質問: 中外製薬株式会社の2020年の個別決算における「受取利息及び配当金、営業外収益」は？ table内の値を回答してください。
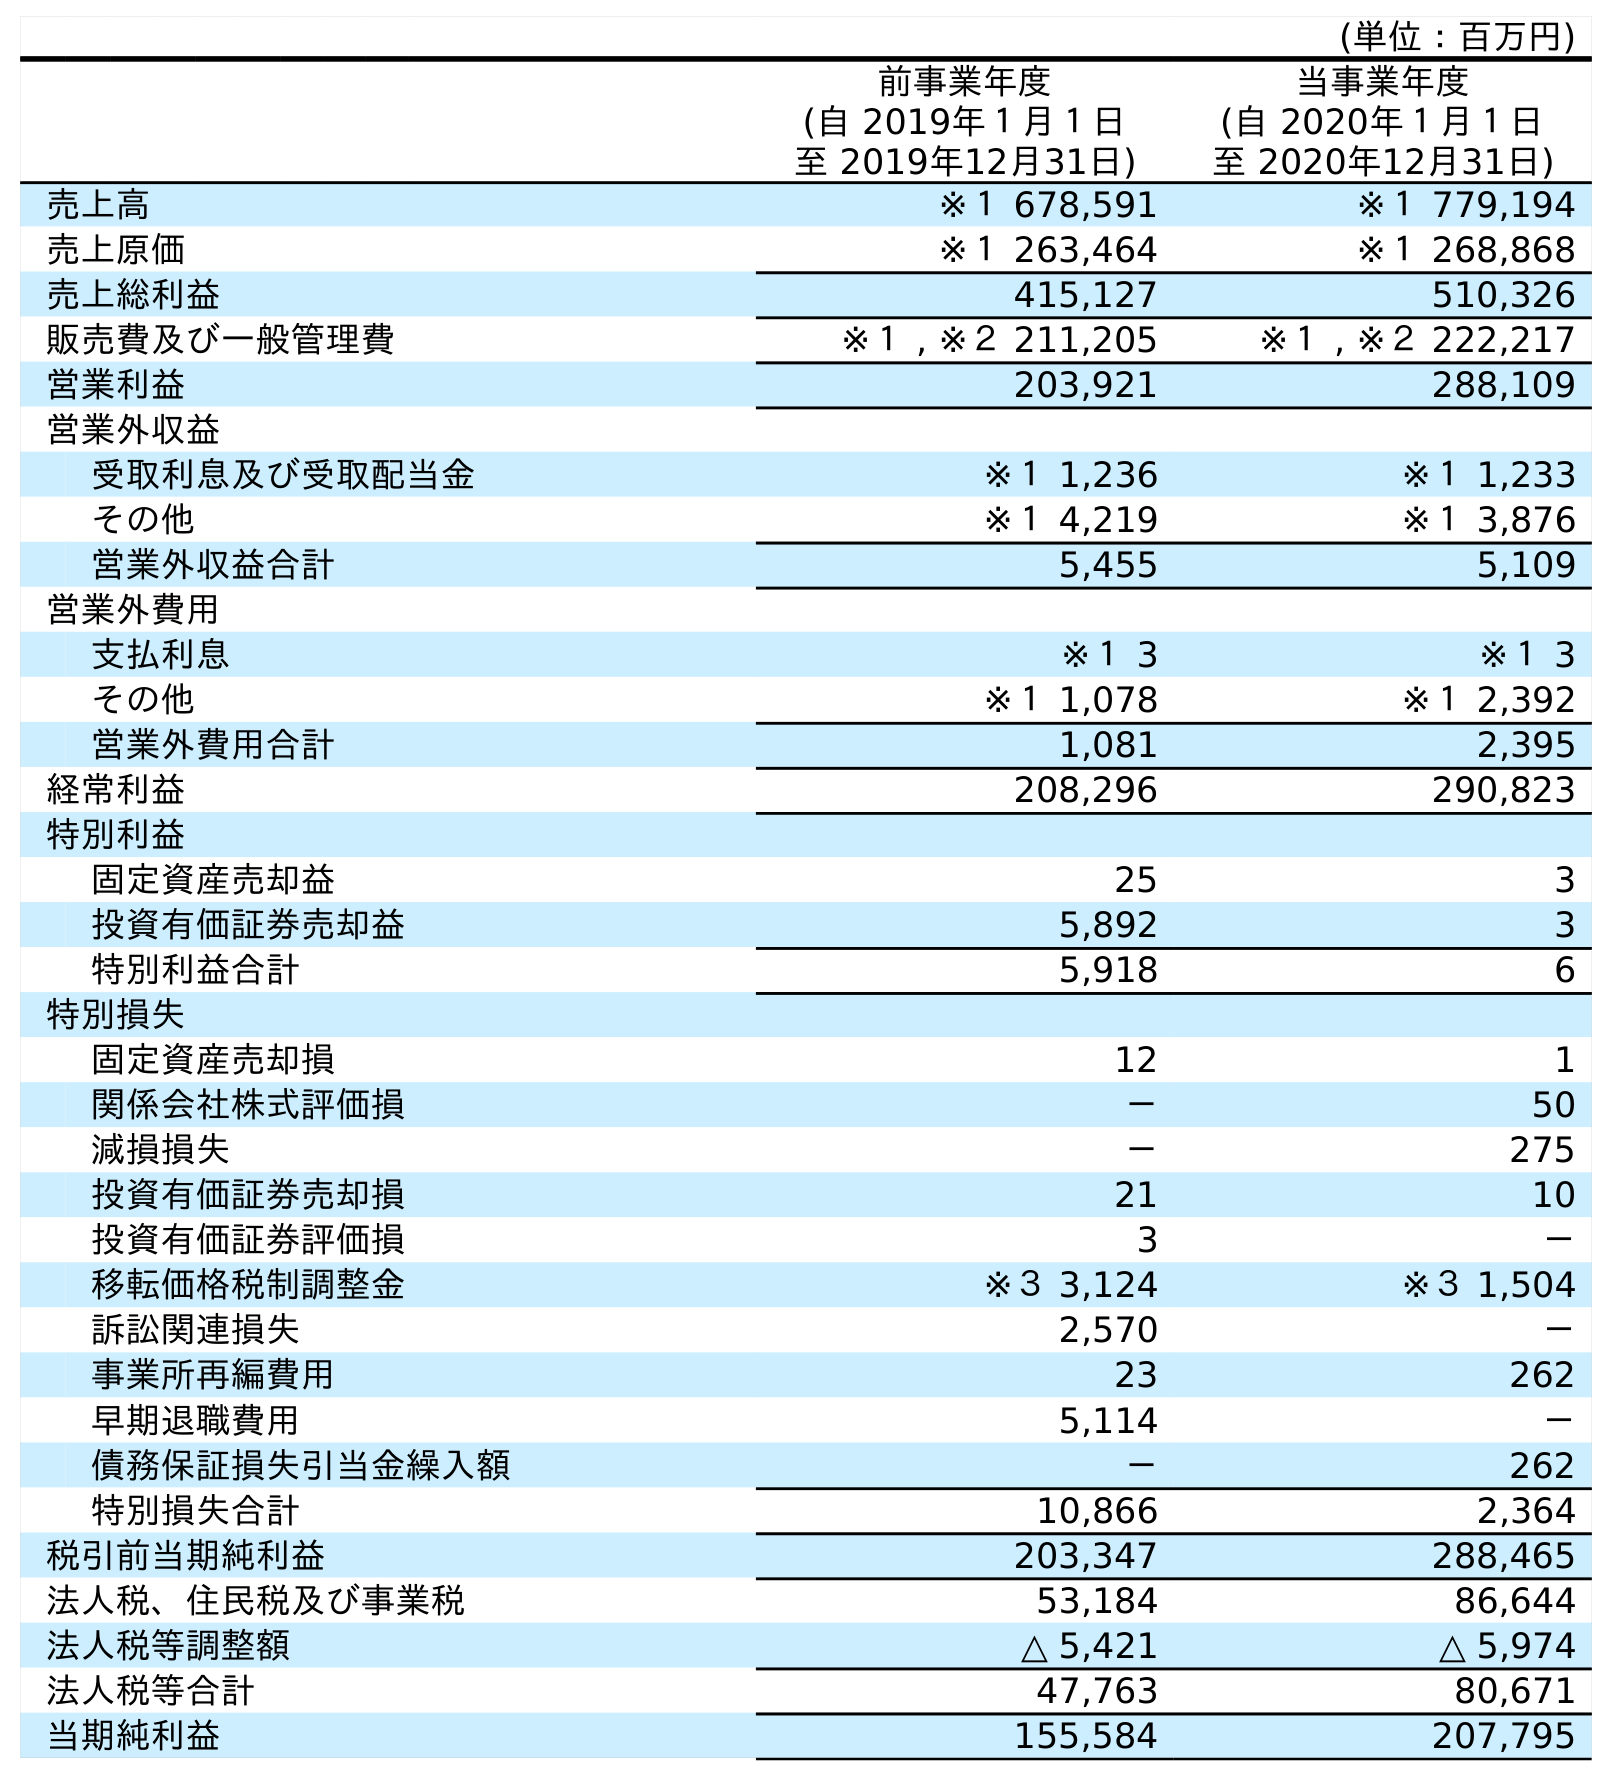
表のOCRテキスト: (単位：百万円) 前事業年度 (自 2019年１月１日 至 2019年12月31日) 当事業年度 (自 2020年１月１日 至 2020年12月31日) 売上高 ※１ 678,591 ※１ 779,194 売上原価 ※１ 263,464 ※１ 268,868 売上総利益 415,127 510,326 販売費及び一般管理費 ※１ , ※２ 211,205 ※１ , ※２ 222,217 営業利益 203,921 288,109 営業外収益 受取利息及び受取配当金 ※１ 1,236 ※１ 1,233 その他 ※１ 4,219 ※１ 3,876 営業外収益合計 5,455 5,109 営業外費用 支払利息 ※１ 3 ※１ 3 その他 ※１ 1,078 ※１ 2,392 営業外費用合計 1,081 2,395 経常利益 208,296 290,823 特別利益 固定資産売却益 25 3 投資有価証券売却益 5,892 3 特別利益合計 5,918 6 特別損失 固定資産売却損 12 1 関係会社株式評価損 － 50 減損損失 － 275 投資有価証券売却損 21 10 投資有価証券評価損 3 － 移転価格税制調整金 ※３ 3,124 ※３ 1,504 訴訟関連損失 2,570 － 事業所再編費用 23 262 早期退職費用 5,114 － 債務保証損失引当金繰入額 － 262 特別損失合計 10,866 2,364 税引前当期純利益 203,347 288,465 法人税、住民税及び事業税 53,184 86,644 法人税等調整額 △ 5,421 △ 5,974 法人税等合計 47,763 80,671 当期純利益 155,584 207,795
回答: ※１1,233